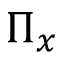
\Pi _ { x }